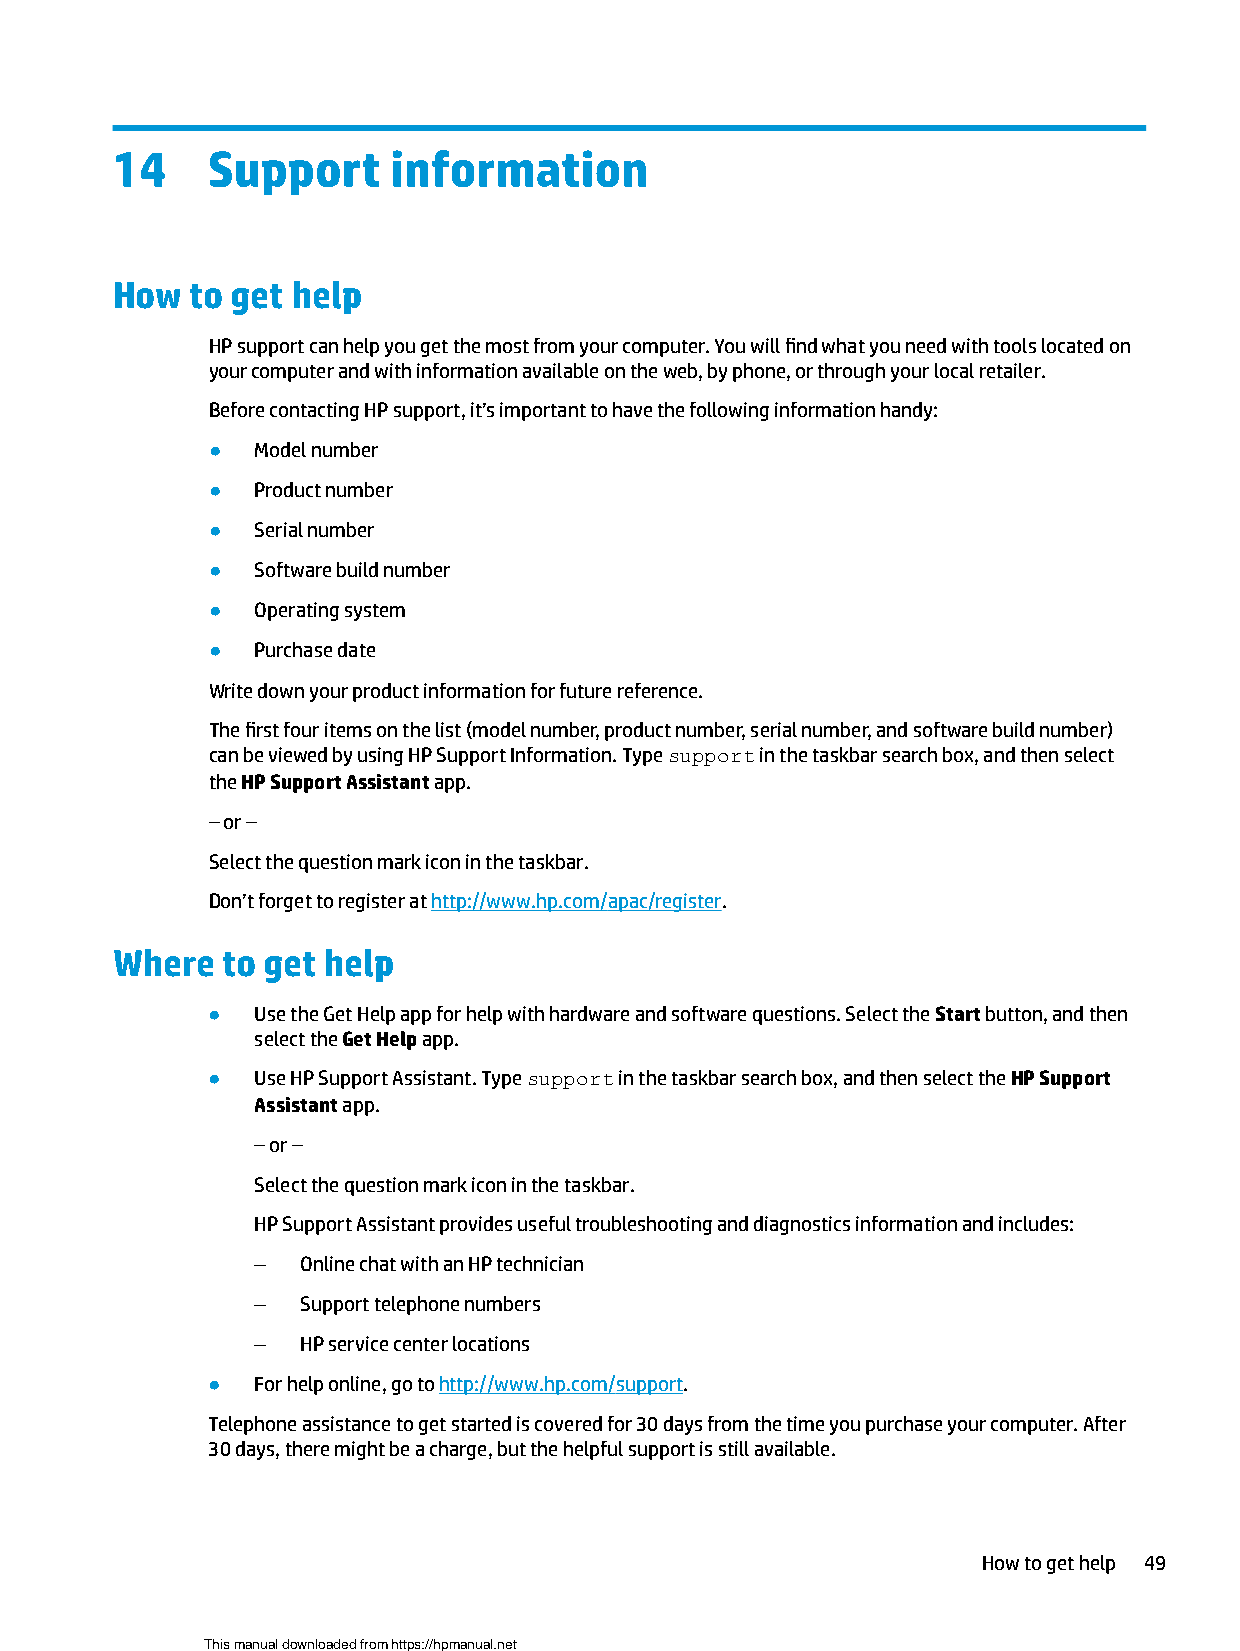
14     Support     information
 How   to get help
 HP support can help you get the most from your computer. You will find what you need with tools located on
 your computer and with information available on the web, by phone, or through your local retailer.
 Before contacting HP support, it’s important to have the following information handy:
 ●  Model number
 ●  Product number
 ●  Serial number
 ●  Software build number
 ●  Operating system
 ●  Purchase date
 Write down your product information for future reference.
 The first four items on the list (model number, product number, serial number, and software build number)
 can be viewed by using HP Support Information. Type support in the taskbar search box, and then select
 the HP Support Assistant app.
 – or –
 Select the question mark icon in the taskbar.
 Don’t forget to register at http://www.hp.com/apac/register.
 Where   to get help
 ●  Use the Get Help app for help with hardware and software questions. Select the Start button, and then
 select the Get Help app.
 ●  Use HP Support Assistant. Type support in the taskbar search box, and then select the HP Support
 Assistant app.
 – or –
 Select the question mark icon in the taskbar.
 HP Support Assistant provides useful troubleshooting and diagnostics information and includes:
 –  Online chat with an HP technician
 –  Support telephone numbers
 –  HP service center locations
 ●  For help online, go to http://www.hp.com/support.
 Telephone assistance to get started is covered for 30 days from the time you purchase your computer. After
 30 days, there might be a charge, but the helpful support is still available.
 How to get help 49
 This manual downloaded from https://hpmanual.net